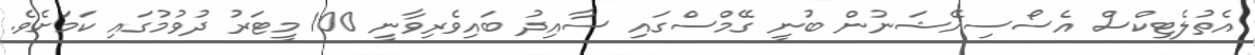
އެތުލެޓިކްސް އެސޯސިއޭޝަނުން ބުނީ ގޭމްސްގައި ސާއިދު ބައިވެރިވާނީ 100 މީޓަރު ދުވުމުގައި ކަމަށެވެ.